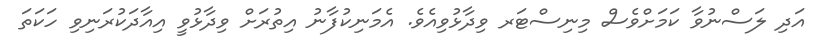
އަދި ލަސްނުވާ ކަމަށްވެސް މިނިސްޓަރ ވިދާޅުވިއެވެ. އެމަނިކުފާނު އިތުރަށް ވިދާޅުވީ އިއާދަކުރަނިވި ހަކަތަ